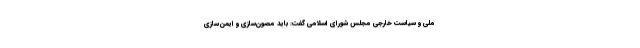
ملی و سیاست خارجی مجلس شورای اسلامی گفت: باید مصون‌سازی و ایمن‌سازی